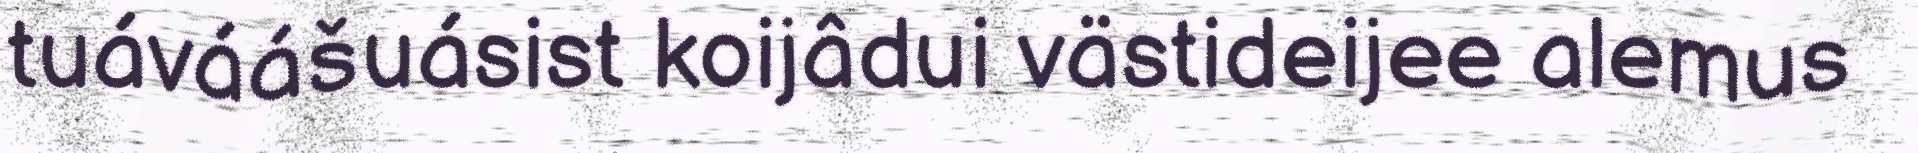
tuáváášuásist koijâdui västideijee alemus